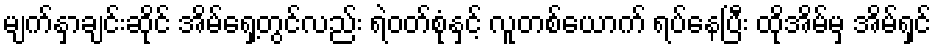
မျက်နှာချင်းဆိုင် အိမ်ရှေ့တွင်လည်း ရဲဝတ်စုံနှင့် လူတစ်ယောက် ရပ်နေပြီး ထိုအိမ်မှ အိမ်ရှင်